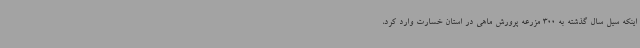
اینکه سیل سال گذشته به 300 مزرعه پرورش ماهی در استان خسارت وارد کرد،